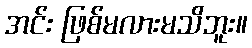
အင်း ဖြစ်မလားမသိဘူး။